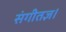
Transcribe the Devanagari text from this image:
संगीतज्ञ।